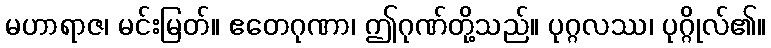
မဟာရာဇ၊ မင်းမြတ်။ ဧတေဂုဏာ၊ ဤဂုဏ်တို့သည်။ ပုဂ္ဂလဿ၊ ပုဂ္ဂိုလ်၏။